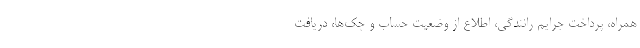
همراه، پرداخت جرایم رانندگی، اطلاع از وضعیت حساب و چک‌ها، دریافت